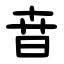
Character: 㫩